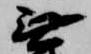
無